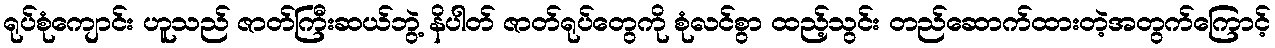
ရုပ်စုံကျောင်း ဟူသည် ဇာတ်ကြီးဆယ်ဘွဲ့ နိပါတ် ဇာတ်ရုပ်တွေကို စုံလင်စွာ ထည့်သွင်း တည်ဆောက်ထားတဲ့အတွက်ကြောင့်